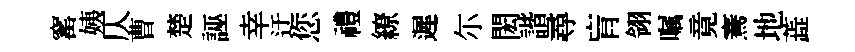
窰姨仄曹楚誣幸迂您禮繚遲尓閎諧尋肓翎嘱竟騫地蕋